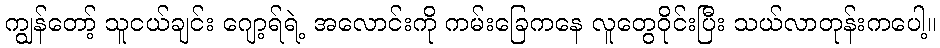
ကျွန်တော့် သူငယ်ချင်း ဂျော့ရ်ရဲ့ အလောင်းကို ကမ်းခြေကနေ လူတွေဝိုင်းပြီး သယ်လာတုန်းကပေါ့။